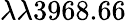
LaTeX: \lambda\lambda 3968.66